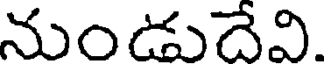
నుండుదేవి.